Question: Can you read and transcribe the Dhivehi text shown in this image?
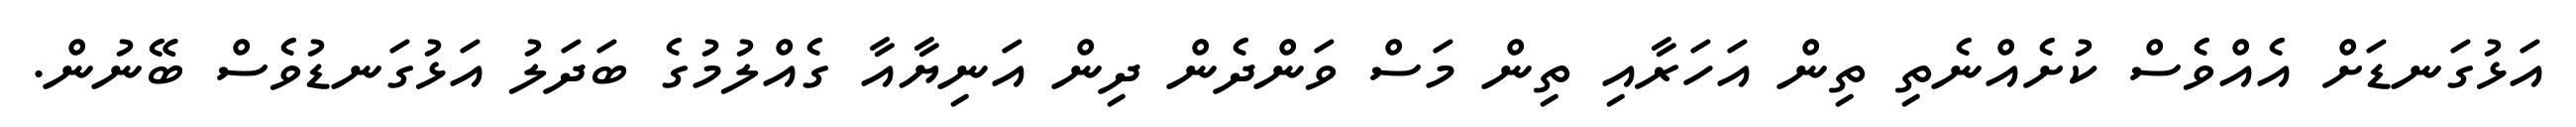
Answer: އަޅުގަނޑަށް އެއްވެސް ކުށެއްނެތި ތިން އަހަރާއި ތިން މަސް ވަންދެން ދިން އަނިޔާއާ ގެއްލުމުގެ ބަދަލު އަޅުގަނޑުވެސް ބޭނުން.